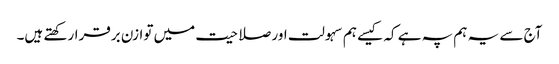
آج سے یہ ہم پہ ہے کہ کیسے ہم سہولت اور صلاحیت میں توازن برقرارکھتے ہیں۔